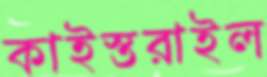
কাইস্তরাইল